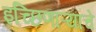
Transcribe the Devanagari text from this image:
इच्छिणाऱ्यांचे